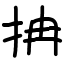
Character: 抩